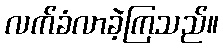
လက်ခံလာခဲ့ကြသည်။